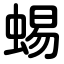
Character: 蜴